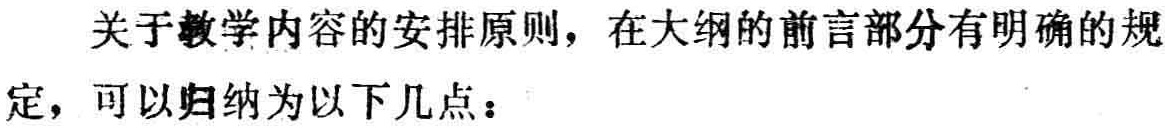
关于教学内容的安排原则，在大纲的前言部分有明确的规定，可以归纳为以下几点：